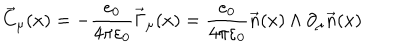
LaTeX: \vec { C } _ { \mu } ( x ) = - \frac { e _ { 0 } } { 4 \pi \varepsilon _ { 0 } } \vec { \Gamma } _ { \mu } ( x ) = \frac { e _ { 0 } } { 4 \pi \varepsilon _ { 0 } } \vec { n } ( x ) \wedge \partial _ { \mu } \vec { n } ( x )